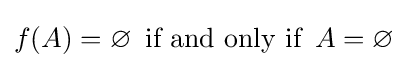
f(A)=\varnothing \,{\text{ if and only if }}\,A=\varnothing